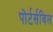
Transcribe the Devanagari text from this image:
पोर्टर्सविल